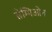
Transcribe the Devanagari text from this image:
सेम्पिओन